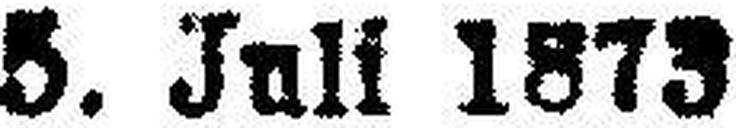
5. Juli 1873